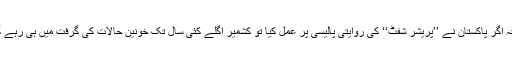
البتہ اگر پاکستان نے ’’پریشر شفٹ‘‘ کی روایتی پالیسی پر عمل کیا تو کشمیر اگلے کئی سال تک خونین حالات کی گرفت میں ہی رہے گا۔